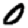
Digit: 0